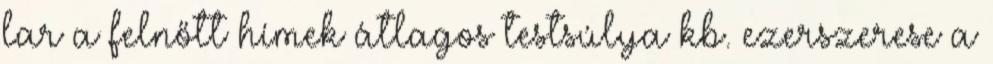
lar a felnőtt hímek átlagos testsúlya kb. ezerszerese a